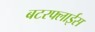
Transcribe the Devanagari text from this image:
बटरफ्लाईस